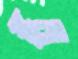
স্কুলে